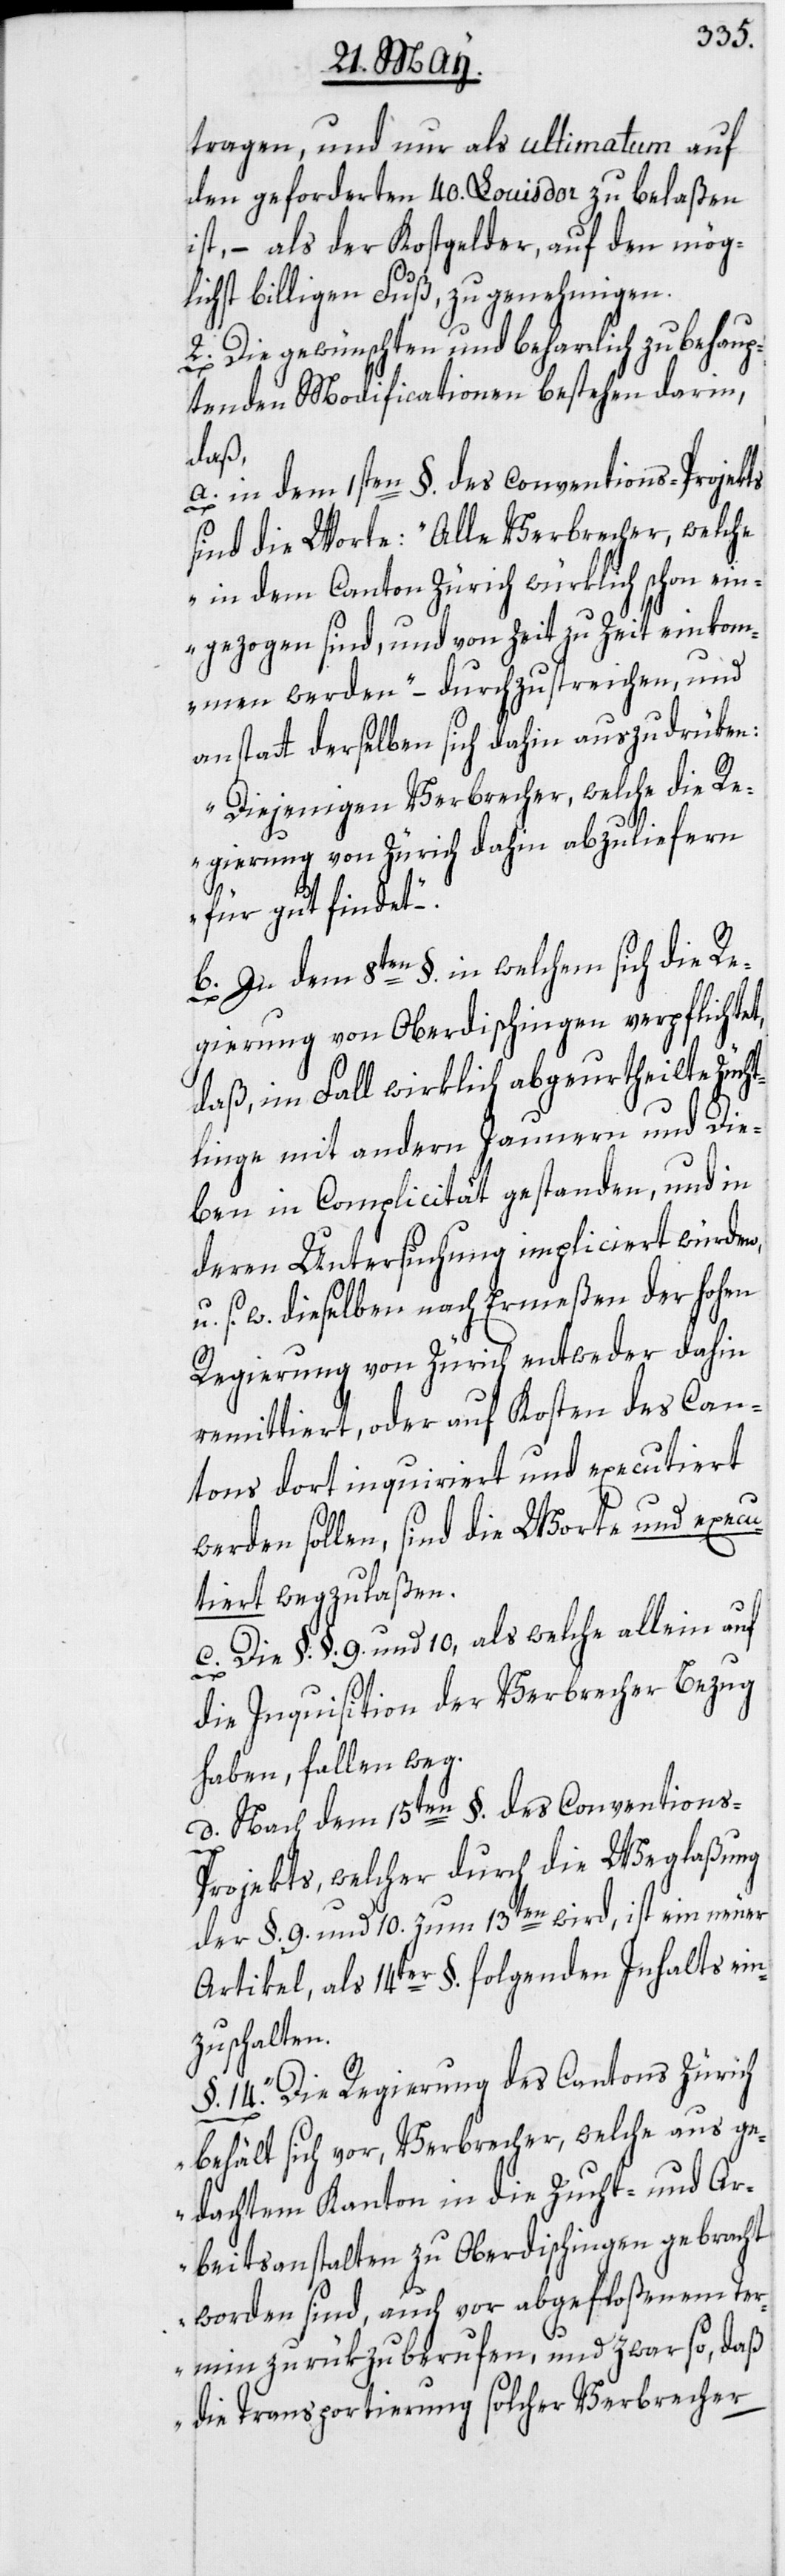
tragen, und nur als ultimatum auf
den geforderten 40. Louis d’or zu belaßen
ist, – als der Kostgelder, auf den mög¬
lichst billigen Fuß, zu genehmigen.
2. Die gewünschten und beharrlich zu behaup¬
tenden Modificationen bestehen darin,
daß,
a. in dem 1sten §. des Conventions-Projekts
sind die Worte: „Alle Verbrecher, welche
in dem Canton Zürich würklich schon ein¬
gezogen sind, und von Zeit zu Zeit einkom¬
men werden“ – durchzustreichen, und
anstatt derselben sich dahin auszudrüken:
„Diejenigen Verbrecher, welche die R¬
egierung von Zürich dahin abzuliefern
für gut findet.“
b. In dem 8ten §. in welchem sich die Re¬
gierung von Oberdischingen verpflichtet,
daß, im Fall wirklich abgeurtheilte Zücht¬
linge mit andern Jaunern und Die¬
ben in Complicität gestanden, und in
deren Untersuchung impliciert würden,
s. w. dieselben nach Ermeßen der hohen
Regierung von Zürich entweder dahin
remittiert, oder auf Kosten des Can¬
tons dort inquiriert und executiert
werden sollen, sind die Worte und execu¬
tiert wegzulaßen.
c. Die §.§. 9. und 10, als welche allein auf
die Inquisition der Verbrecher Bezug
haben, fallen weg.
d. Nach dem 15ten §. des Convention¬
s-Projekts, welcher durch die Weglaßung
der §. 9. und 10. zum 13ten wird, ist ein neuer
Artikel, als 14ter §. folgenden Inhalts ein¬
zuschalten:
§. 14. „Die Regierung des Cantons Zürich
behält sich vor, Verbrecher, welche aus ge¬
dachtem Kanton in die Zucht- und Ar¬
beitsanstalten zu Oberdischingen gebracht
worden sind, auch vor abgefloßenem Ter¬
min zurükzuberufen, und zwar so, daß
die Transportierung solcher Verbrecher